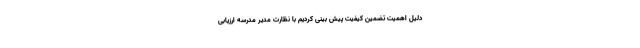
دلیل اهمیت تضمین کیفیت پیش بینی کردیم با نظارت مدیر مدرسه ارزیابی